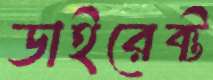
ডাইরেক্ট